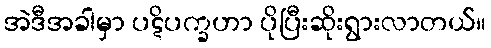
အဲဒီအခါမှာ ပဋိပက္ခဟာ ပိုပြီးဆိုးရွားလာတယ်။